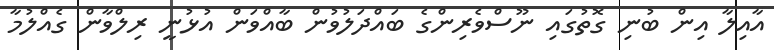
އާއިލާ އިން ބުނި ގޮތުގައި ނޫސްވެރިންގެ ބައްދަލުވުން ބާއްވަން އުޅުނީ ރިލްވާން ގެއްލުމާ